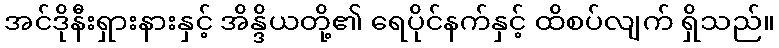
အင်ဒိုနီးရှားနားနှင့် အိန္ဒိယတို့၏ ရေပိုင်နက်နှင့် ထိစပ်လျက် ရှိသည်။